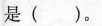
是 ( )。